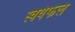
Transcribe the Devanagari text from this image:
स्वयंफल